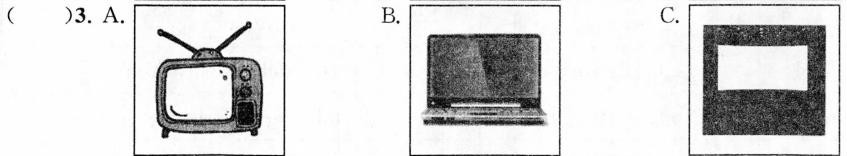
( )3.A. B. C.